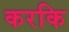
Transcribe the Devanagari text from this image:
करकि